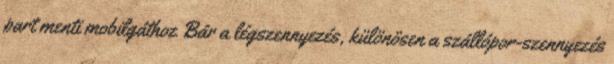
part menti mobilgáthoz Bár a légszennyezés, különösen a szállópor-szennyezés